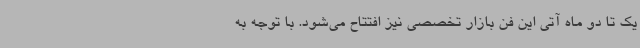
یک تا دو ماه آتی این فن بازار تخصصی نیز افتتاح می‌شود. با توجه به